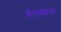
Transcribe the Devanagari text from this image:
बोलण्याला